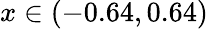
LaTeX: x\in(-0.64,0.64)